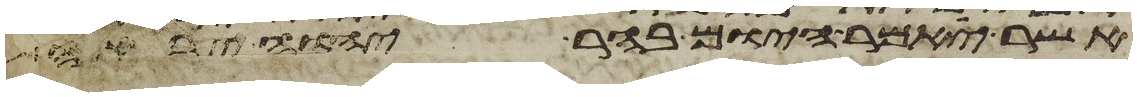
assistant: אשר יאמר היום בהר יהוה יראה